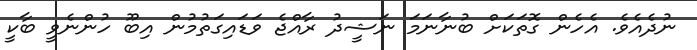
ނުދެއެވެ. އެހެން ގޮތަކަށް ބުނާނަމަ ނަޝީދު ރާއްޖެ ވަޑައިގަތުމުން އިބޫ ހުންނެވީ ބާކީ